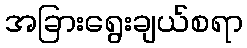
အခြားရွေးချယ်စရာ